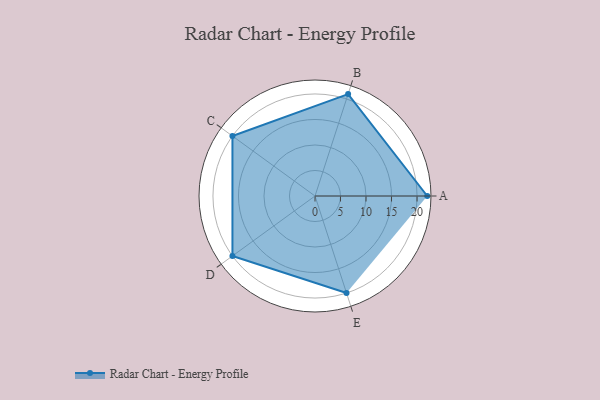
{"axis": {"x": "Skill", "y": "Score"}, "legend": ["Profile"], "data": [{"x": "A", "y": 22.0, "type": "Profile"}, {"x": "B", "y": 21.0, "type": "Profile"}, {"x": "C", "y": 20.0, "type": "Profile"}, {"x": "D", "y": 20, "type": "Profile"}, {"x": "E", "y": 20, "type": "Profile"}]}